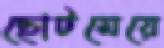
ছোটমেয়ে